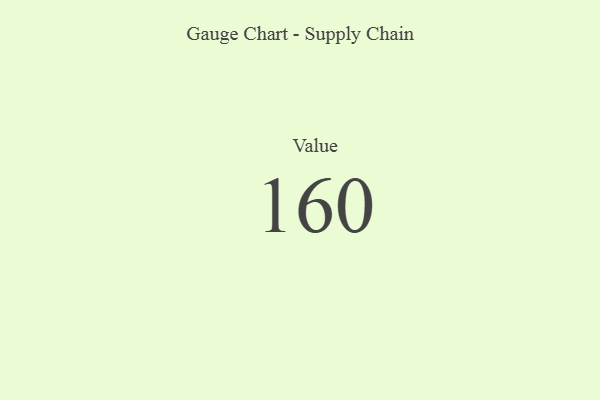
{"axis": {"x": "Metric", "y": "Value"}, "legend": [""], "data": [{"x": "Value", "y": 160, "type": ""}]}